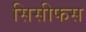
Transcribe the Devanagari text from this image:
सिसीफस